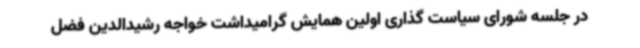
در جلسه شورای سیاست گذاری اولین همایش گرامیداشت خواجه رشیدالدین فضل